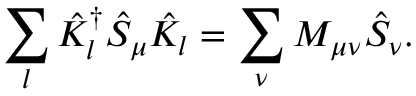
\sum _ { l } \hat { K } _ { l } ^ { \dagger } \hat { S } _ { \mu } \hat { K } _ { l } = \sum _ { \nu } M _ { \mu \nu } \hat { S } _ { \nu } .